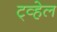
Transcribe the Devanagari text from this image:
ट्व्हेल